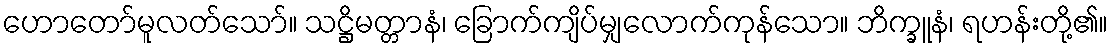
ဟောတော်မူလတ်သော်။ သဋ္ဌိမတ္တာနံ၊ ခြောက်ကျိပ်မျှလောက်ကုန်သော။ ဘိက္ခူနံ၊ ရဟန်းတို့၏။